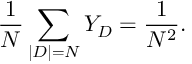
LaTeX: \frac { 1 } { N } \sum _ { | D | = N } Y _ { D } = \frac { 1 } { N ^ { 2 } } .